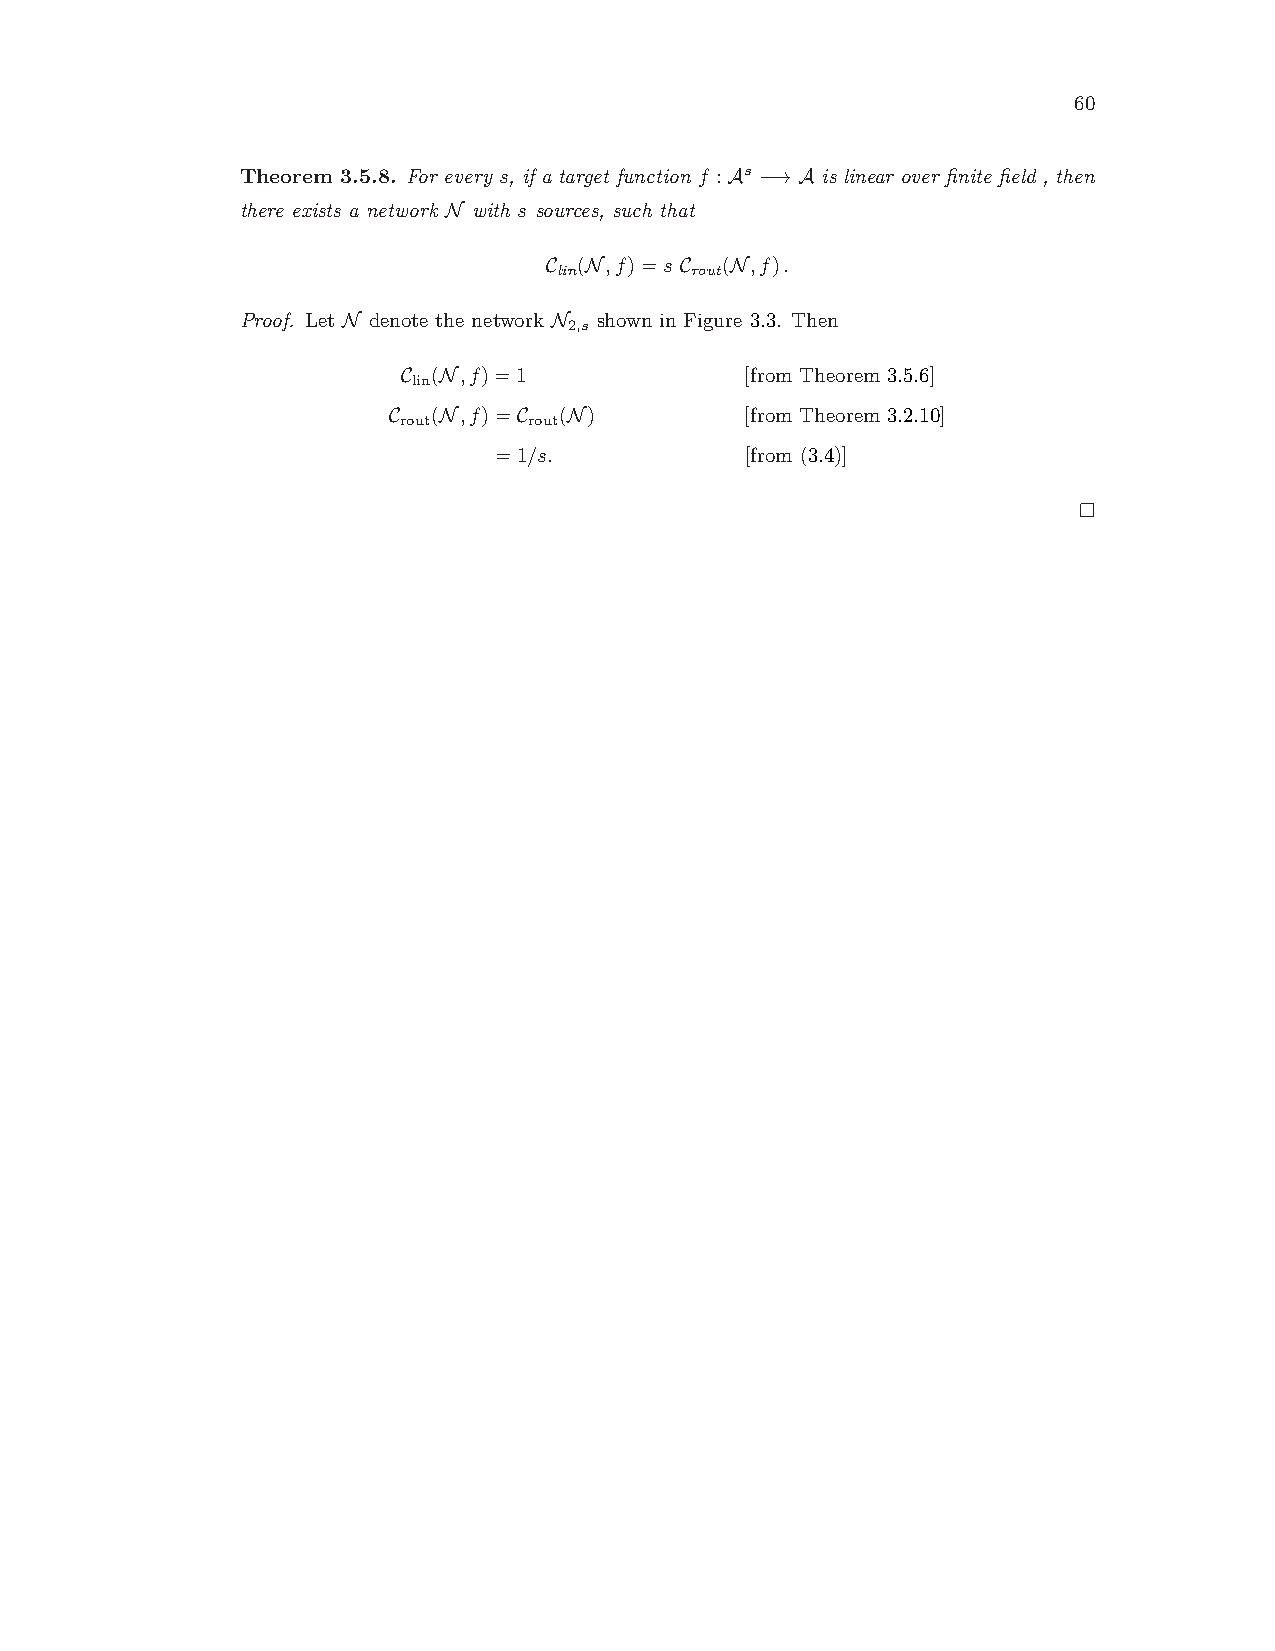
60
 Theorem 3.5.8. For every s, if a target function f :As −→A is linear over finite field , then
 there exists a network N with s sources, such that
 C (N,f)=s C (N,f).
 lin      rout
 Proof. Let N denote the network N shown in Figure 3.3. Then
 2,s
 C (N,f)=1             [from Theorem 3.5.6]
 lin
 C  (N,f)=C (N)         [from Theorem 3.2.10]
 rout     rout
 =1/s.           [from (3.4)]